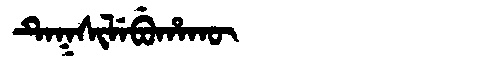
Manchu: ᡨᡝᡴᠰᡳᠯᡝᠪᡠᡥᠠᡴᡡ
Romanization: TEKSILEBUHAKŪ